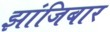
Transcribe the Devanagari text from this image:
झांजिबार